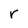
Character: r